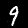
Digit: 9